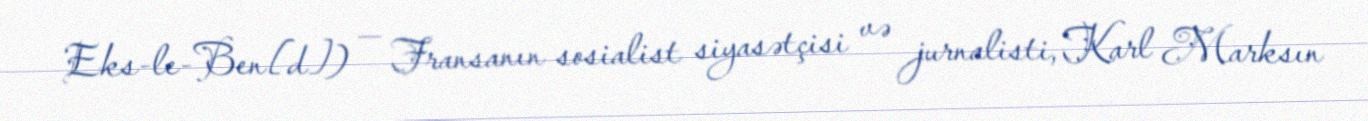
Eks-le-Ben[d]) — Fransanın sosialist siyasətçisi və jurnalisti, Karl Marksın